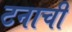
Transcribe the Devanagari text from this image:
टनाची